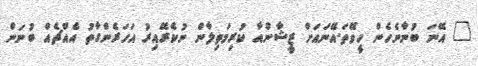
" އޭނަ ބުނާނެހެން ހީވޭތަ.އޭނައަށް ޒީޝާންއާ ކުރިމަތިލާން ނުކެރޭއިރު އަހަރެންގާތު އެއްޗެއް ބުނަން